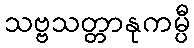
သဗ္ဗသတ္တာနုကမ္ပီ